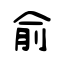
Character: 俞